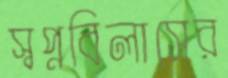
স্বপ্নবিলাসের